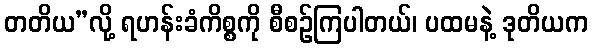
တတိယ”လို့ ရဟန်းခံကိစ္စကို စီစဉ်ကြပါတယ်၊ ပထမနဲ့ ဒုတိယက